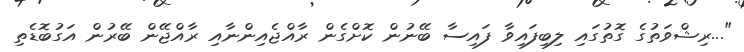
"...ރިޝްވަތުގެ ގޮތުގައި ލިބިފައިވާ ފައިސާ ބޭނުން ކޮށްގެން ރާއްޖެއިންނާއި ރާއްޖޭން ބޭރުން އަގުބޮޑެތި